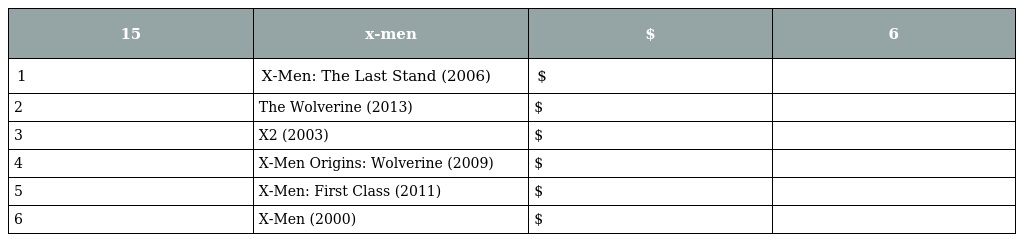
| 15 | x-men | $ | 6 |
 | --- | --- | --- | --- |
 | 1 | X-Men: The Last Stand (2006) | $ |  |
 | 2 | The Wolverine (2013) | $ |  |
 | 3 | X2 (2003) | $ |  |
 | 4 | X-Men Origins: Wolverine (2009) | $ |  |
 | 5 | X-Men: First Class (2011) | $ |  |
 | 6 | X-Men (2000) | $ |  |